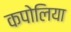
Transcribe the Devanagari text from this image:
कपोलिया